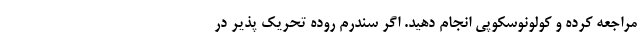
مراجعه کرده و کولونوسکوپی انجام دهید. اگر سندرم روده تحریک پذیر در